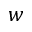
w